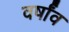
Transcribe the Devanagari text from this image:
वर्षांव